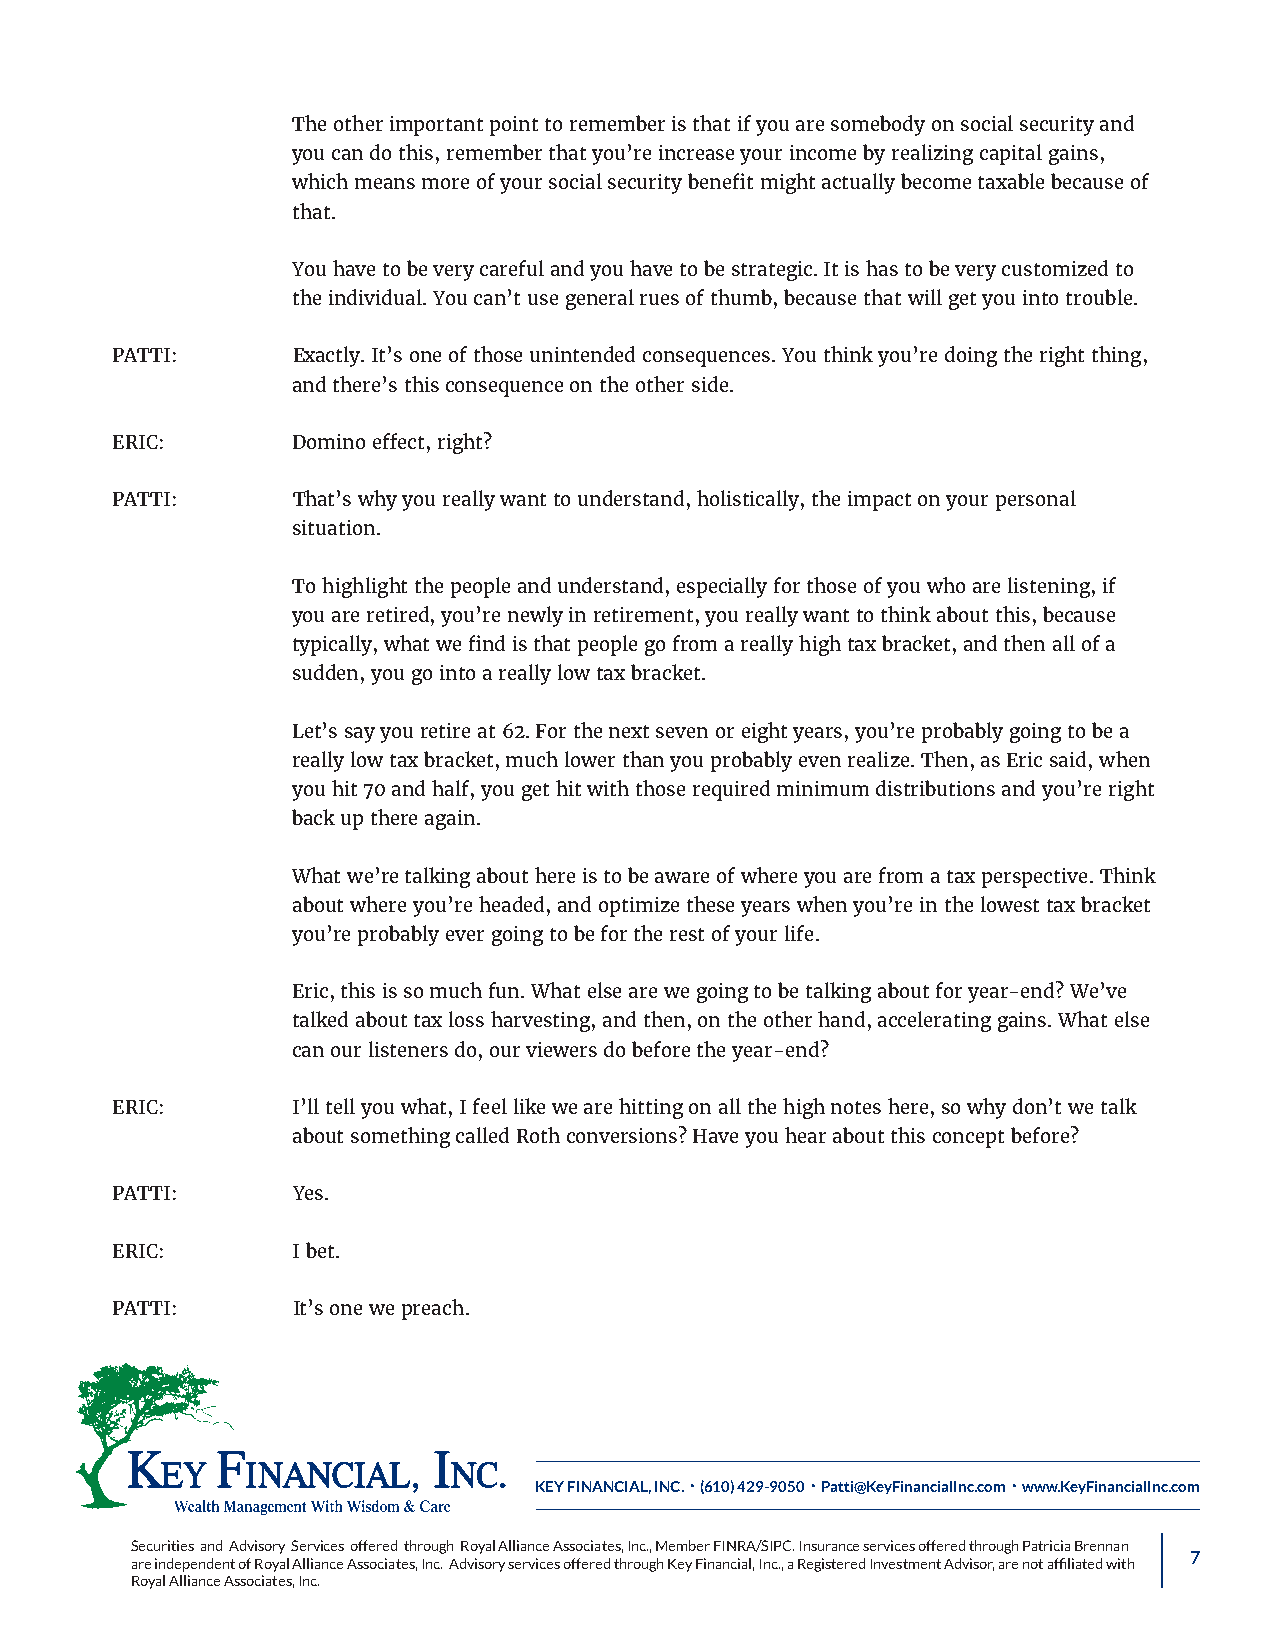
The other important point to remember is that if you are somebody on social security and
 you can do this, remember that you’re increase your income by realizing capital gains,
 which means more of your social security benefit might actually become taxable because of
 that.
 You have to be very careful and you have to be strategic. It is has to be very customized to
 the individual. You can’t use general rues of thumb, because that will get you into trouble.
 PATTI:      Exactly. It’s one of those unintended consequences. You think you’re doing the right thing,
 and there’s this consequence on the other side.
 ERIC:       Domino effect, right?
 PATTI:      That’s why you really want to understand, holistically, the impact on your personal
 situation.
 To highlight the people and understand, especially for those of you who are listening, if
 you are retired, you’re newly in retirement, you really want to think about this, because
 typically, what we find is that people go from a really high tax bracket, and then all of a
 sudden, you go into a really low tax bracket.
 Let’s say you retire at 62. For the next seven or eight years, you’re probably going to be a
 really low tax bracket, much lower than you probably even realize. Then, as Eric said, when
 you hit 70 and half, you get hit with those required minimum distributions and you’re right
 back up there again.
 What we’re talking about here is to be aware of where you are from a tax perspective. Think
 about where you’re headed, and optimize these years when you’re in the lowest tax bracket
 you’re probably ever going to be for the rest of your life.
 Eric, this is so much fun. What else are we going to be talking about for year‑end? We’ve
 talked about tax loss harvesting, and then, on the other hand, accelerating gains. What else
 can our listeners do, our viewers do before the year‑end?
 ERIC:       I’ll tell you what, I feel like we are hitting on all the high notes here, so why don’t we talk
 about something called Roth conversions? Have you hear about this concept before?
 PATTI:      Yes.
 ERIC:       I bet.
 PATTI:      It’s one we preach.
 KEY FINANCIAL, INC. • (610) 429-9050 • Patti@KeyFinancialInc.com • www.KeyFinancialInc.com
 Securities and Advisory Services offered through Royal Alliance Associates, Inc., Member FINRA/SIPC. Insurance services offered through Patricia Brennan
 7
 are independent of Royal Alliance Associates, Inc. Advisory services offered through Key Financial, Inc., a Registered Investment Advisor, are not affiliated with
 Royal Alliance Associates, Inc.